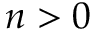
n > 0